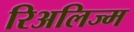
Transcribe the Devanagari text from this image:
रिअलिज्म